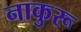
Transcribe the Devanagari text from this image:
नाकुरू